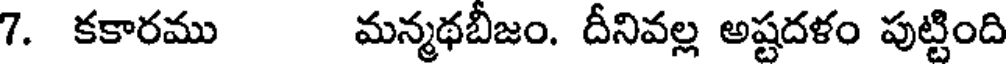
7. కకారము మన్మథబీజం. దీనివల్ల అష్టదళం పుట్టింది